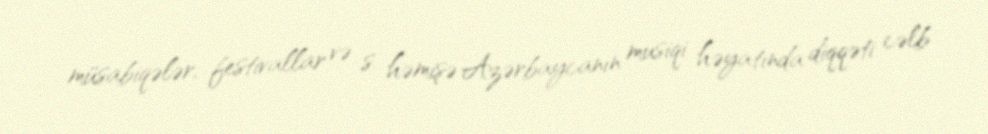
müsabiqələr, festivallar və s. həmişə Azərbaycanın musiqi həyatında diqqəti cəlb